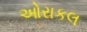
ઓરાકલ